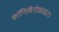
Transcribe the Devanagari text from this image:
कॉनिफ़ॅरोफ़ाइटा